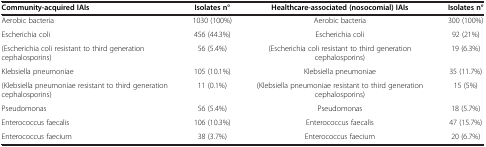
<table><thead><tr><td><b>Community-acquired IAIs</b></td><td><b>Isolates n°</b></td><td><b>Healthcare-associated (nosocomial) IAIs</b></td><td><b>Isolates n°</b></td></tr></thead><tbody><tr><td>Aerobic bacteria</td><td>1030 (100%)</td><td>Aerobic bacteria</td><td>300 (100%)</td></tr><tr><td>Escherichia coli</td><td>456 (44.3%)</td><td>Escherichia coli</td><td>92 (21%)</td></tr><tr><td>(Escherichia coli resistant to third generation cephalosporins)</td><td>56 (5.4%)</td><td>(Escherichia coli resistant to third generation cephalosporins)</td><td>19 (6.3%)</td></tr><tr><td>Klebsiella pneumoniae</td><td>105 (10.1%)</td><td>Klebsiella pneumoniae</td><td>35 (11.7%)</td></tr><tr><td>(Klebsiella pneumoniae resistant to third generation cephalosporins)</td><td>11 (0.1%)</td><td>(Klebsiella pneumoniae resistant to third generation cephalosporins)</td><td>15 (5%)</td></tr><tr><td>Pseudomonas</td><td>56 (5.4%)</td><td>Pseudomonas</td><td>18 (5.7%)</td></tr><tr><td>Enterococcus faecalis</td><td>106 (10.3%)</td><td>Enterococcus faecalis</td><td>47 (15.7%)</td></tr><tr><td>Enterococcus faecium</td><td>38 (3.7%)</td><td>Enterococcus faecium</td><td>20 (6.7%)</td></tr></tbody></table>